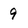
Character: 9